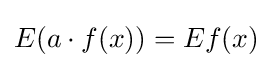
E(a\cdot f(x))=Ef(x)